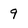
Character: 9